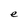
Character: e